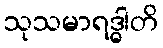
သုသမာရဒ္ဓါတိ